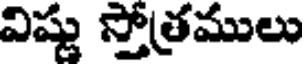
విష్ణు స్తోత్రములు